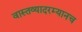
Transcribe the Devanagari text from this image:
वास्तव्यादरम्यानच